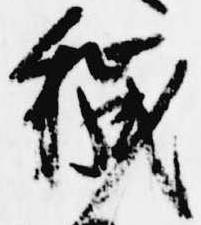
穢